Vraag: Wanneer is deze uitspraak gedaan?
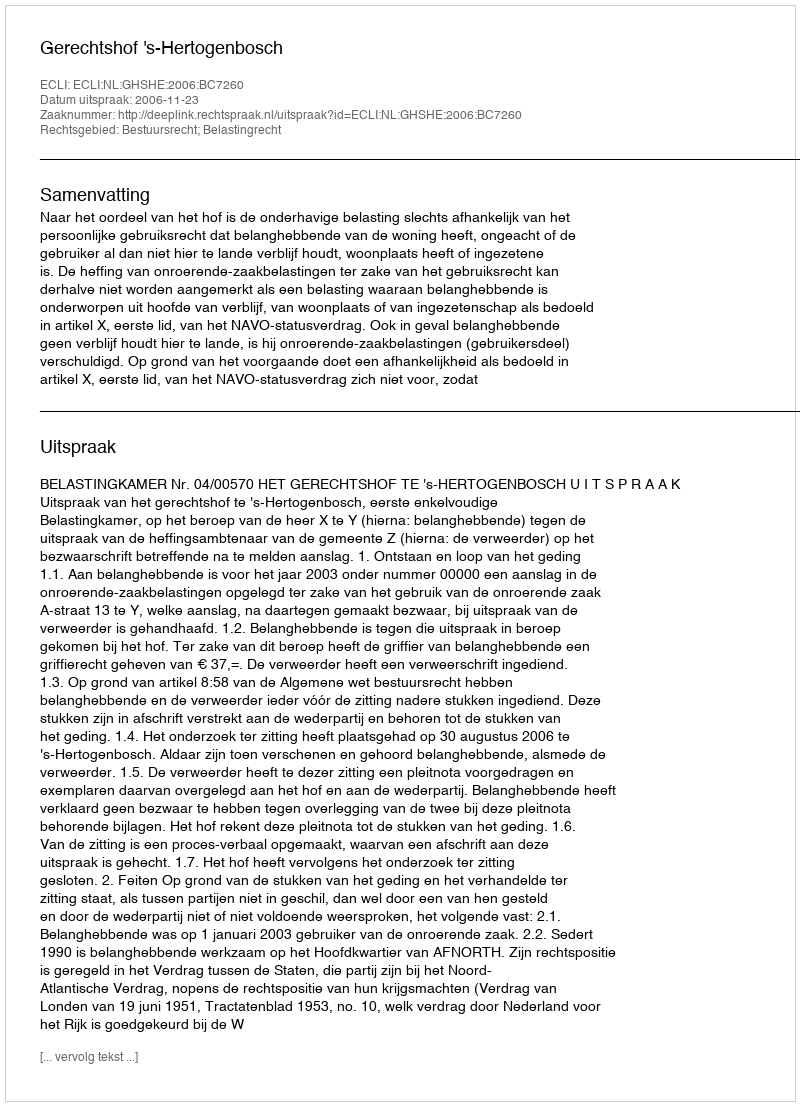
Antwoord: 2006-11-23